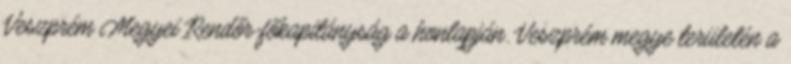
Veszprém Megyei Rendőr-főkapitányság a honlapján. Veszprém megye területén a